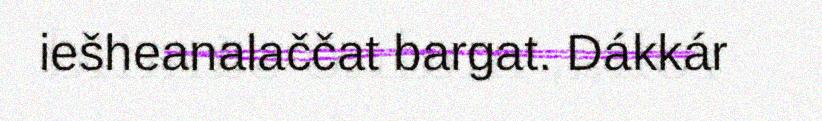
iešheanalaččat bargat. Dákkár